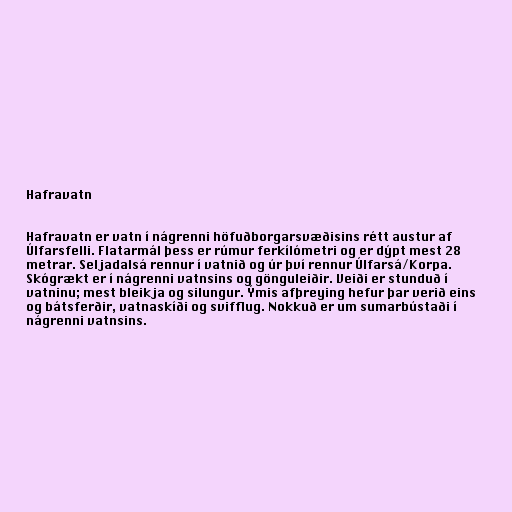
Hafravatn

Hafravatn er vatn í nágrenni höfuðborgarsvæðisins rétt austur af
Úlfarsfelli. Flatarmál þess er rúmur ferkílómetri og er dýpt mest 28
metrar. Seljadalsá rennur í vatnið og úr því rennur Úlfarsá/Korpa.
Skógrækt er í nágrenni vatnsins og gönguleiðir. Veiði er stunduð í
vatninu; mest bleikja og silungur. Ýmis afþreying hefur þar verið eins
og bátsferðir, vatnaskíði og svifflug. Nokkuð er um sumarbústaði í
nágrenni vatnsins.